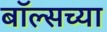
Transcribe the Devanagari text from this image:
बॉल्सच्या